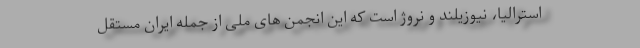
استرالیا، نیوزیلند و نروژ است که این انجمن های ملی از جمله ایران مستقل